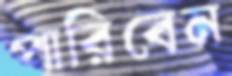
পারিবেন